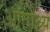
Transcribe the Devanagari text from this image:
औताथ्य